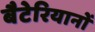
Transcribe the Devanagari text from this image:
बैटेरियानों